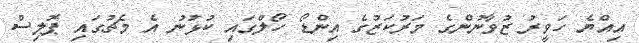
އިއްޔެ ހަވީރު ޒުވާނުންގެ މަރުކަޒުގެ އިންޑޯ ހޯލްގައި ކުޅުނު އެ މެޗުގައި ޕޮލިސް